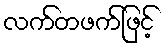
လက်တဖက်ဖြင့်